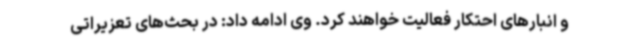
و انبارهای احتکار فعالیت خواهند کرد. وی ادامه داد: در بحث‌های تعزیراتی